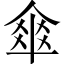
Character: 𠌂